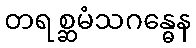
တရစ္ဆမံသဂန္ဓေန